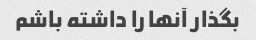
بگذار آنها را داشته باشم